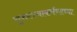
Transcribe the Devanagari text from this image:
गुरुत्त्वाकर्षणाच्या